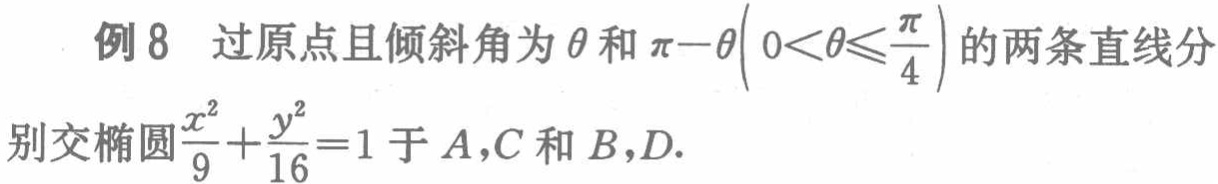
例8 过原点且倾斜角为$\theta$和$\pi - \theta \left(0 < \theta \leq \frac{\pi}{4}\right)$的两条直线分别交椭圆$\frac{x^{2}}{9}+\frac{y^{2}}{16}=1$于$A,C$和$B,D$.